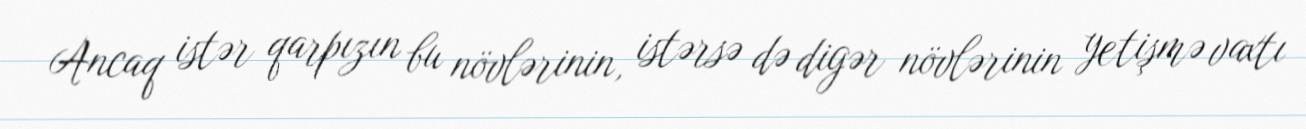
Ancaq istər qarpızın bu növlərinin, istərsə də digər növlərinin yetişmə vaxtı